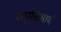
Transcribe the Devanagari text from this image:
सामंतआर्य